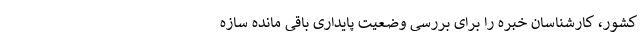
کشور، کارشناسان خبره را برای بررسی وضعیتِ پایداری باقی مانده سازه